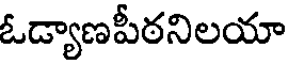
ఓడ్యాణపీఠనిలయా